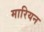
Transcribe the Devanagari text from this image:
मारियन